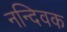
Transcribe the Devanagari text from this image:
नन्दिवक